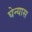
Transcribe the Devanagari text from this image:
घेन्यास